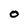
Character: O